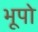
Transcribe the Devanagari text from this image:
भूपो